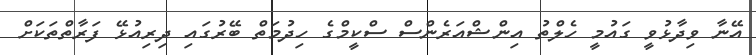
އޭނާ ވިދާޅުވީ ގައުމީ ހެލްތު އިންޝްއަރެންސް ސްކީމްގެ ހިދުމަތް ބޭރުގައި ދިރިއުޅޭ ފަރާތްތަކަށް